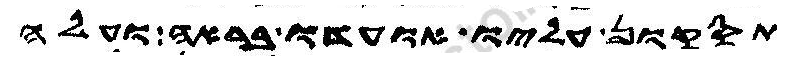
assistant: תסקון עליו אועדו בראה ועלה